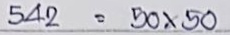
542 = 50 x 50